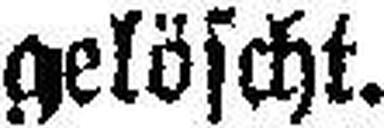
gelöscht.